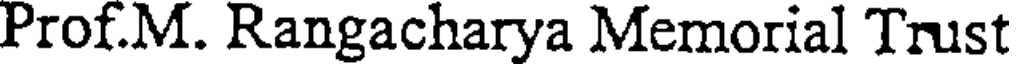
Prof.M. Rangacharya Memorial Trust